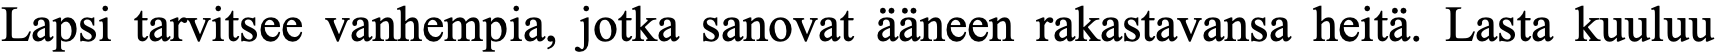
Lapsi tarvitsee vanhempia, jotka sanovat ääneen rakastavansa heitä. Lasta kuuluu